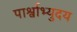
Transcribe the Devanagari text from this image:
पार्श्वाभ्युदय